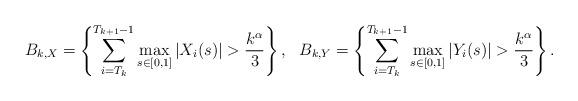
LaTeX: \begin{align*}B_{k,X}=\left\{ \sum_{i=T_k}^{T_{k+1}-1} \max_{s\in [0,1]} |X_i(s)| >\frac{k^\alpha}{3}\right\}, \ \ B_{k,Y}=\left\{ \sum_{i=T_k}^{T_{k+1}-1} \max_{s\in [0,1]} |Y_i(s)| >\frac{k^\alpha}{3}\right\}.\end{align*}